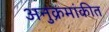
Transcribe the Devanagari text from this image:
अनुक्रमांकीत